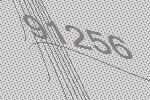
91256